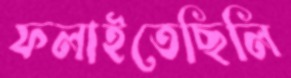
ফলাইতেছিলি